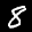
Label: 8